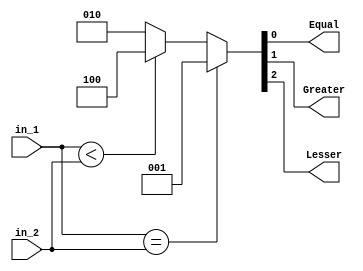
//////////////////////////////////////////////////////////////////////////////////
// Company: 
// 
// Design Name: 
// Module Name:    N_Bit_Comparator 
// Project Name: 
// Target Devices: 
// Tool versions: 
// Description: 
//
// Dependencies: 
//
// Revision: 
// Revision 0.01 - File Created
// Additional Comments: 
//
//////////////////////////////////////////////////////////////////////////////////
module N_Bit_Comparator ( in_1, in_2, Equal, Greater, Lesser );

parameter N = 5;

input [N-1:0] in_1, in_2;
output Equal, Greater, Lesser;
reg [2:0] out;

always @ ( in_1 or in_2 )
begin
if ( in_1 == in_2 )
begin
out = 3'b001;
end
else if ( in_1 < in_2 )
begin
out = 3'b100;
end
else                    // ( in_1 > in_2 )
begin
out = 3'b010;
end
end

assign { Lesser, Greater, Equal } = out ;

endmodule